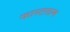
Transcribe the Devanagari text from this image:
फास्टलाम